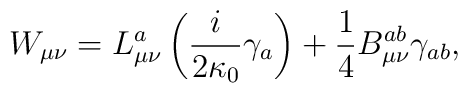
W_{\mu\nu}=L_{\mu\nu}^{a}\left(  \frac{i}{2\kappa_{0}}\gamma_{a}\right)+\frac{1}{4}B_{\mu\nu}^{ab}\gamma_{ab},